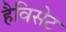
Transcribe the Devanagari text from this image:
हैविसेट